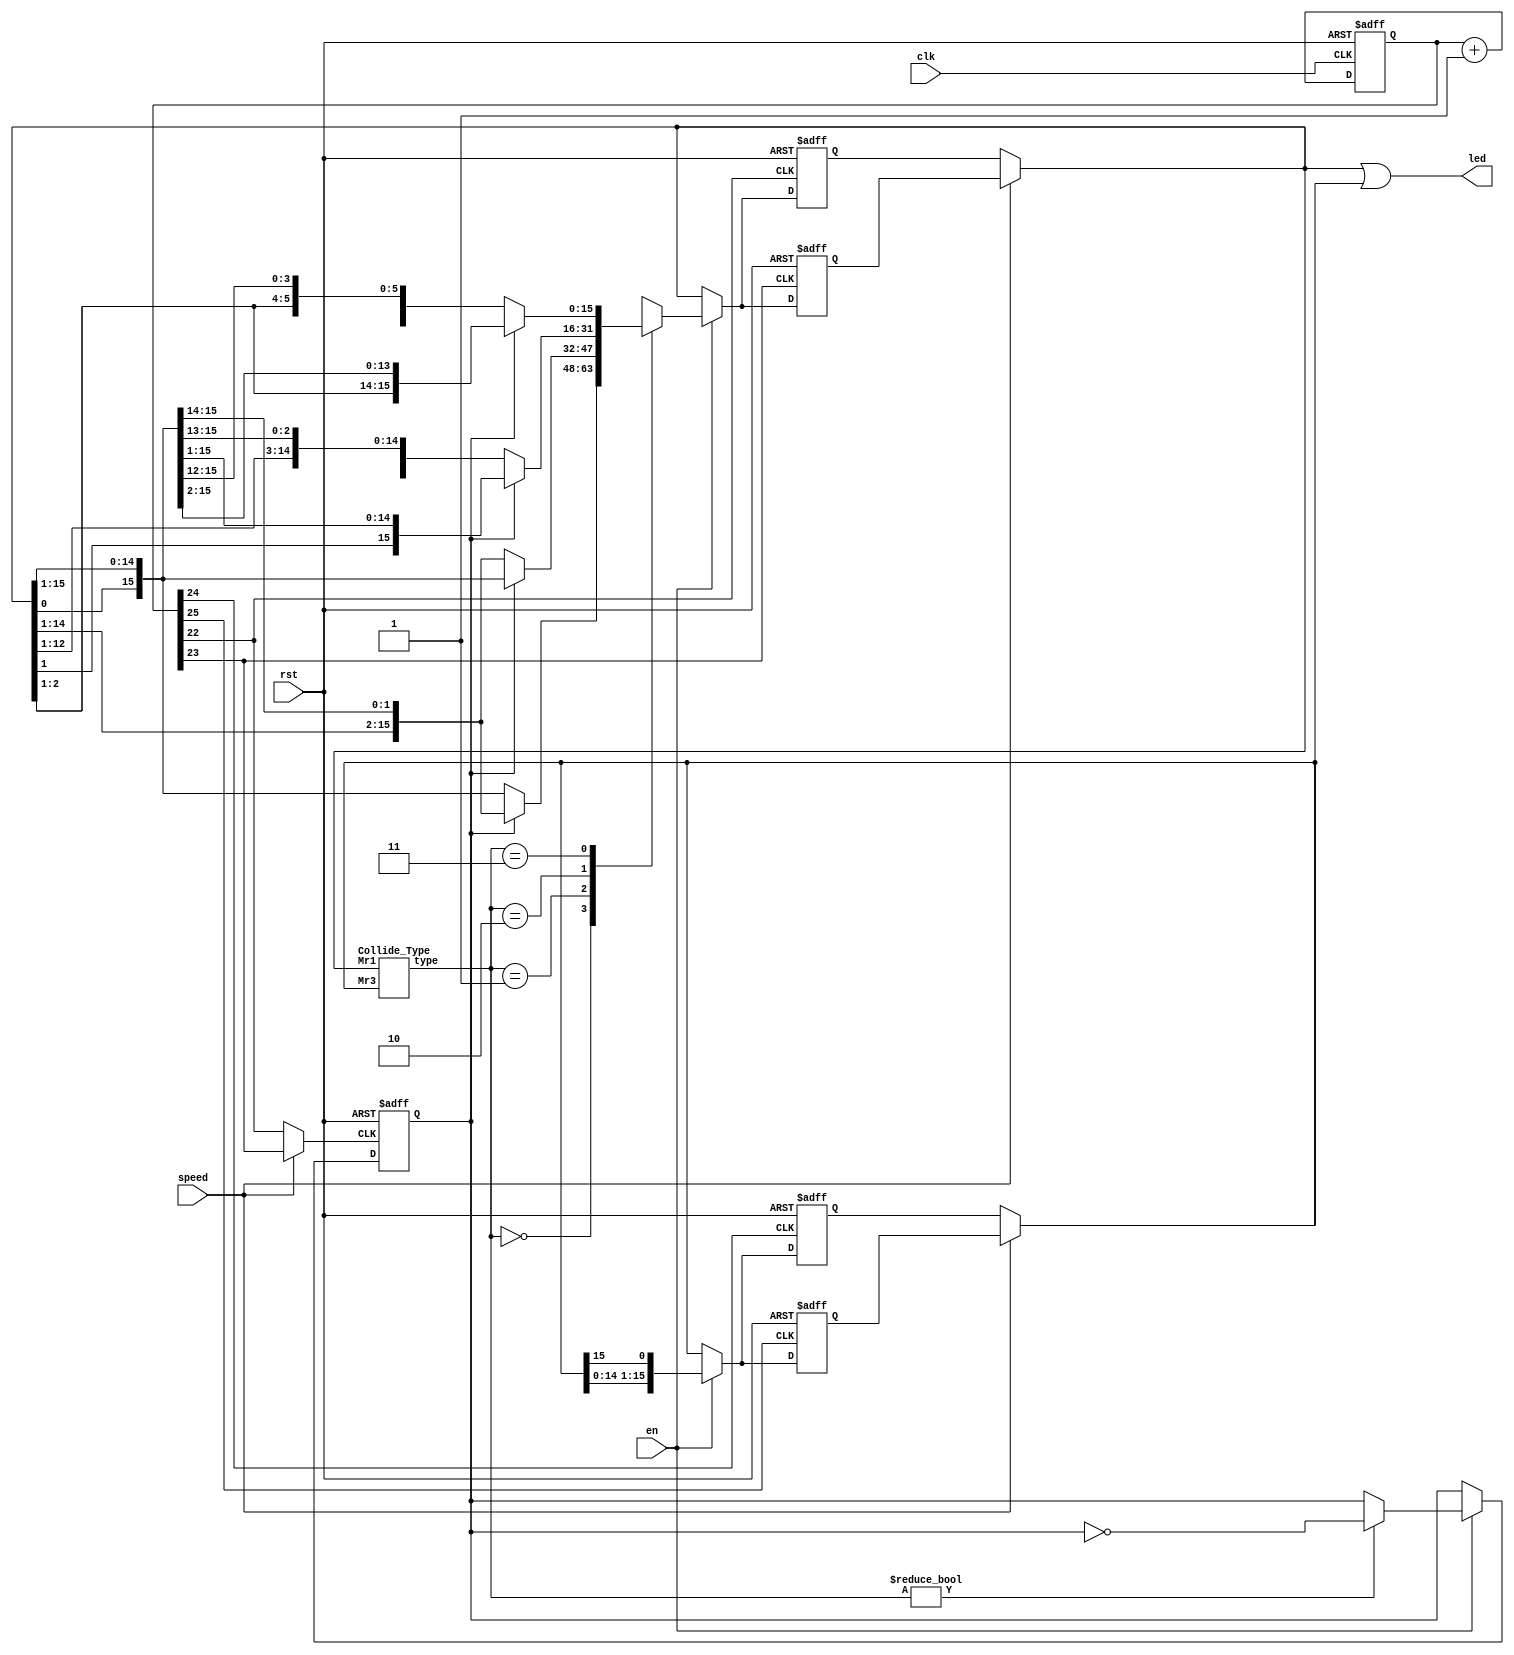
`define NONE 2'b00
`define TOUCH 2'b01
`define OVERLAP_EDGE 2'b10
`define OVERLAP_MID 2'b11
module lab3_3(
    input clk,
    input rst,
    input en,
    input speed,
    output wire [15:0] led);
    wire clk_23, clk_25, clk_24, clk_26, clk_dir;
    wire [1:0] collide_type;
    wire [15:0] Mr1, Mr3;
    reg [15:0] Mr1_1, Mr1_0, Mr3_1, Mr3_0, next_Mr1, next_Mr3;
    reg dir, next_dir;
    reg [25:0] count, next_count;
    parameter RIGHT = 1'b0;
    parameter LEFT = 1'b1;
    // collide_type
    Collide_Type m(.Mr1(Mr1), .Mr3(Mr3), .type(collide_type));
    // count
    always @(posedge clk, posedge rst) begin
        if(rst == 1'b1) count <= 1'b0;
        else count <= next_count;
    end
    // next_count
    always @* begin
        next_count = count+1'b1;
    end
    // clk_23, clk_25, clk_24, clk_26, clk_dir
    assign clk_23 = count[22];
    assign clk_25 = count[24];
    assign clk_24 = count[23];
    assign clk_26 = count[25];
    assign clk_dir = speed?clk_24:clk_23;
    // dir
    always @(posedge clk_dir, posedge rst) begin
        if(rst == 1'b1) dir <= LEFT;
        else dir <= next_dir;
    end
    // Mr1_1, Mr1_0, Mr3_1, Mr3_0
    always @(posedge clk_24, posedge rst) begin
        if(rst == 1'b1) Mr1_1 <= 16'b1000_0000_0000_0000;
        else Mr1_1 <= next_Mr1;
    end
    always @(posedge clk_23, posedge rst) begin
        if(rst == 1'b1) Mr1_0 <= 16'b1000_0000_0000_0000;
        else Mr1_0 <= next_Mr1;
    end
    always @(posedge clk_26, posedge rst) begin
        if(rst == 1'b1) Mr3_1 <= 16'b0000_0000_0000_0111;
        else Mr3_1 <= next_Mr3;
    end
    always @(posedge clk_25, posedge rst) begin 
        if(rst == 1'b1) Mr3_0 <= 16'b0000_0000_0000_0111;
        else Mr3_0 <= next_Mr3;
    end
    // Mr1, Mr3
    assign Mr1 = speed?Mr1_1:Mr1_0;
    assign Mr3 = speed?Mr3_1:Mr3_0;
    // led
    assign led = Mr1|Mr3;
    // next_Mr1
    always @* begin
        next_Mr1 = Mr1;
        if(en == 1'b1) next_Mr1 = move(Mr1, dir, collide_type);
    end
    // next_Mr3
    always @* begin
        next_Mr3 = Mr3;
        if(en == 1'b1) next_Mr3 = move(Mr3, LEFT, `NONE);
    end
    // next_dir
    always @* begin
       next_dir = dir;
       if(en == 1'b1) begin
            if(collide_type != `NONE) next_dir = dir^1;
       end 
    end
    // function move
    function [15:0] move;
        input [15:0] led;
        input dir;
        input [1:0] type;
        begin
            case(type)
                `NONE: move = (dir==RIGHT)?{led[0], led[15:1]}:{led[14:0], led[15]};
                `TOUCH: move = (dir==RIGHT)?{led[14:0], led[15]}:{led[0], led[15:1]};
                `OVERLAP_EDGE: move = (dir==RIGHT)?{led[13:0], led[15:14]}:{led[1:0], led[15:2]};
                `OVERLAP_MID: move = (dir==RIGHT)?{led[12:0], led[15:13]}:{led[2:0], led[15:3]};
            endcase
        end
    endfunction
endmodule

module Collide_Type(
    input [15:0] Mr1,
    input [15:0] Mr3,
    output reg [1:0] type);
    wire test0, test1, test2;
    assign test0 = ^(Mr1|Mr3);
    assign test1 = ^({Mr1[0], Mr1[15:1]}|Mr3);
    assign test2 = ^({Mr1[14:0], Mr1[15]}|Mr3);
    always @* begin
        type = `NONE;
        case({test0, test1, test2})
            3'b000: type = `NONE;
            3'b001: type = `TOUCH;
            3'b010: type = `TOUCH;
            3'b101: type = `OVERLAP_EDGE;
            3'b110: type = `OVERLAP_EDGE;
            3'b111: type = `OVERLAP_MID;
        endcase
    end
endmodule